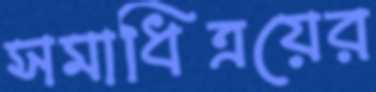
সমাধিত্রয়ের